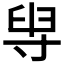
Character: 𡬯